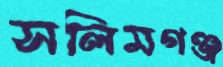
সলিমগঞ্জ